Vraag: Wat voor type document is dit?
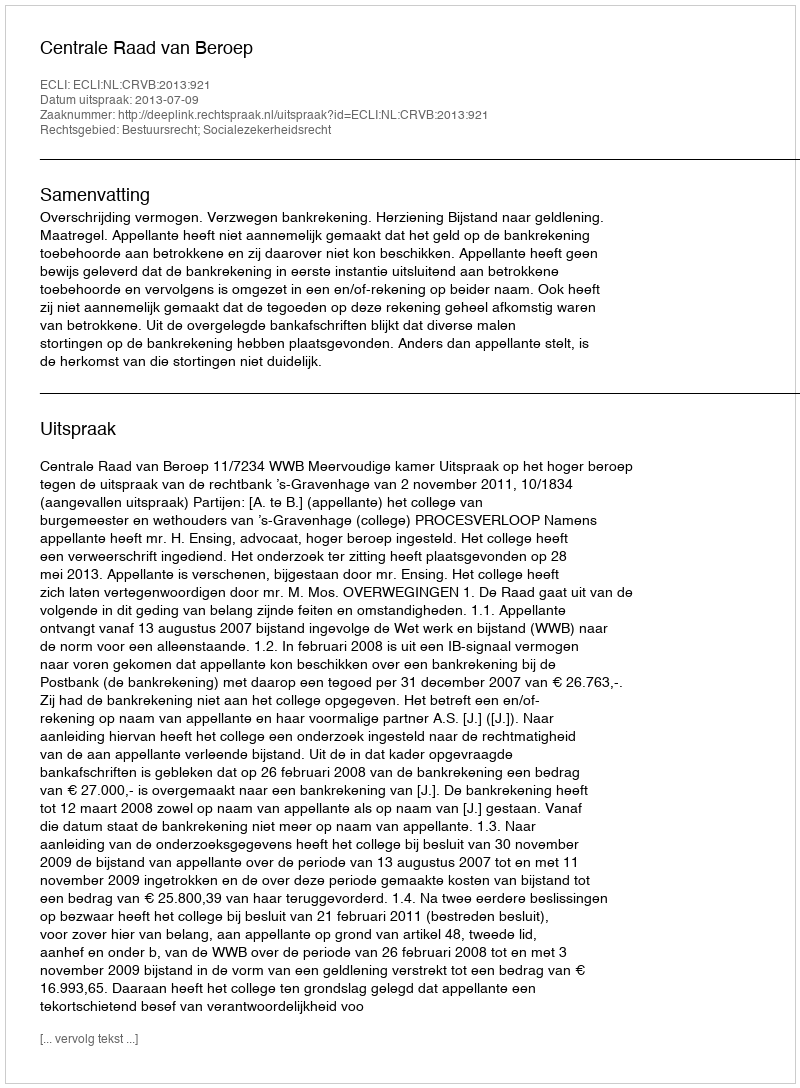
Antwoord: Uitspraak